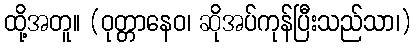
ထို့အတူ။ (ဝုတ္တာနေဝ၊ ဆိုအပ်ကုန်ပြီးသည်သာ၊)